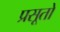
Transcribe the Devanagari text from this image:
प्रसूतो